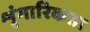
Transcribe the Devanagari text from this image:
शृंगारिकता